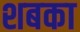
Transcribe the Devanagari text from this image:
शबका